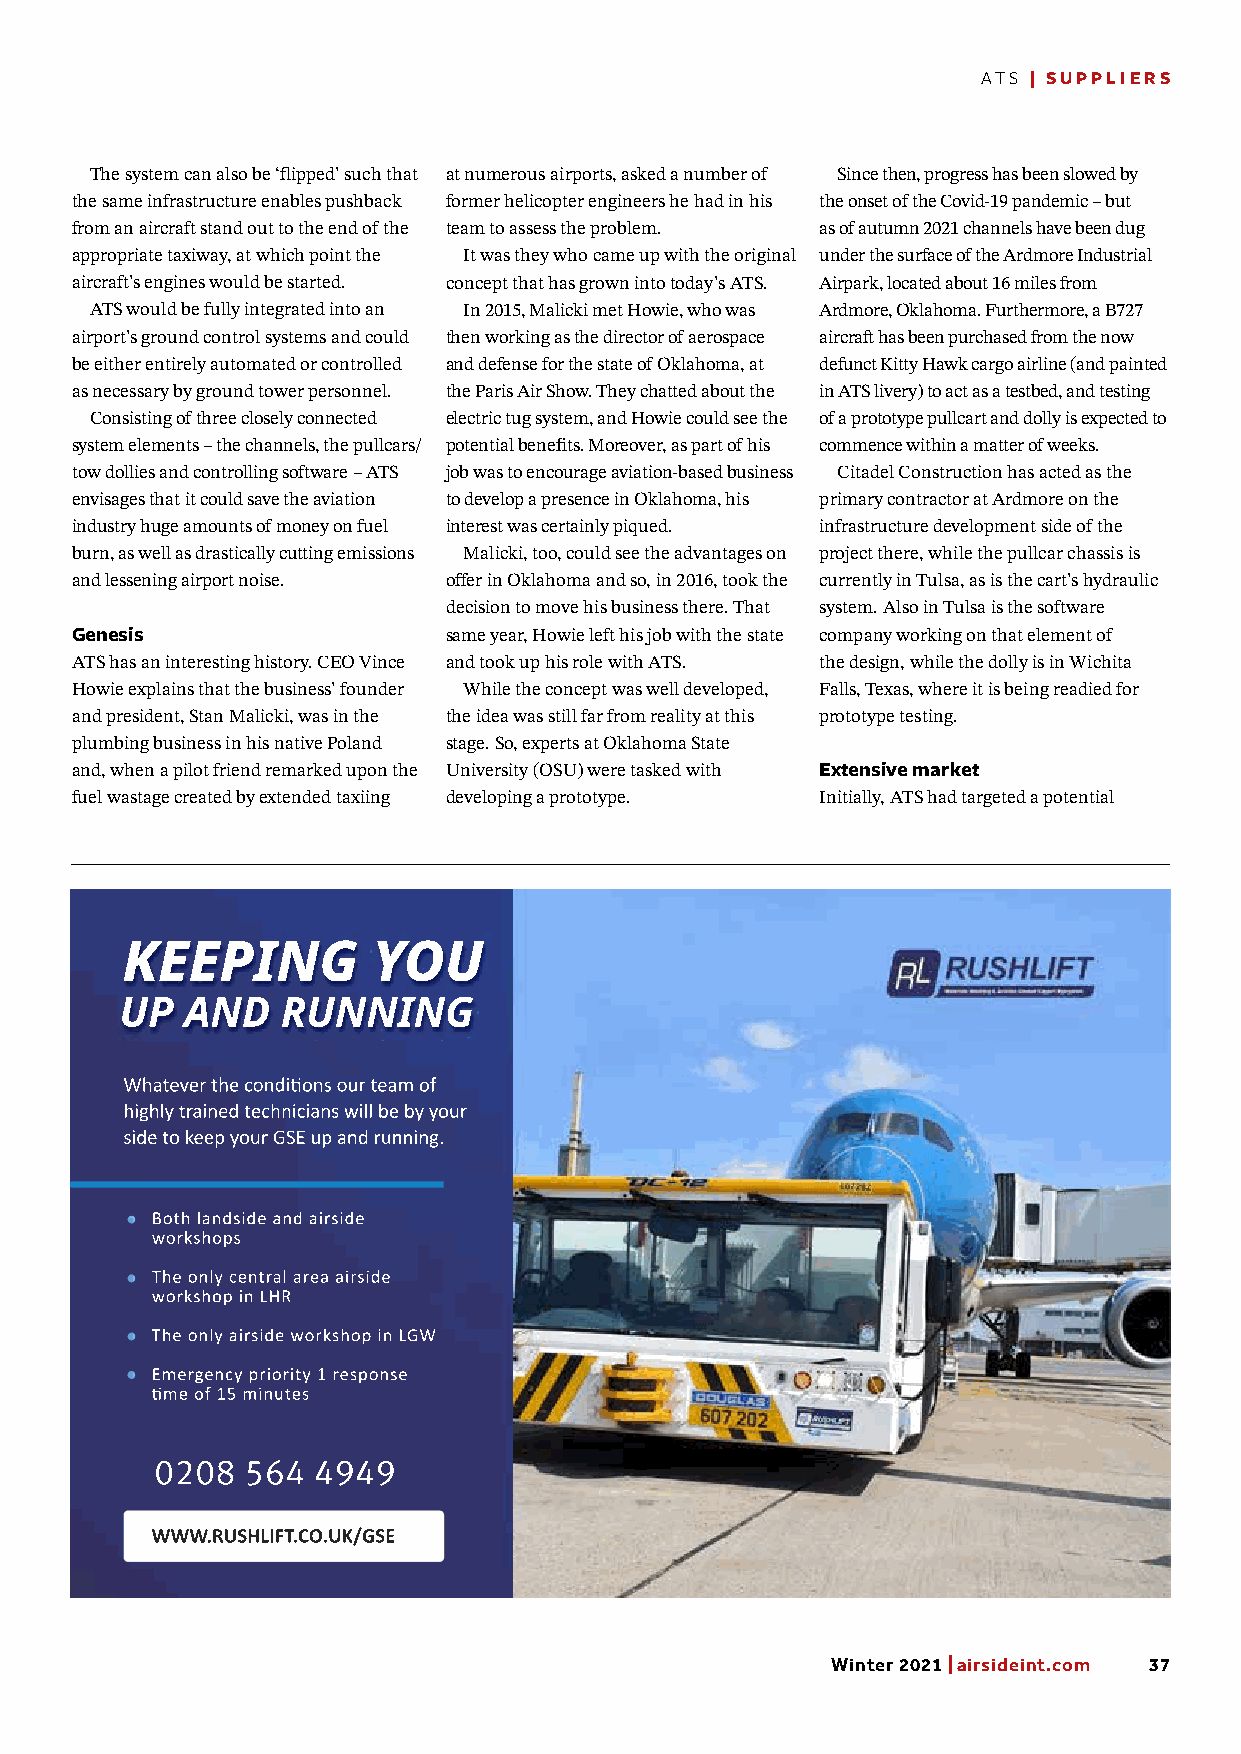
ATS | SUPPLIERS
 The system can also be ‘flipped’ such that at numerous airports, asked a number of Since then, progress has been slowed by
 the same infrastructure enables pushback former helicopter engineers he had in his the onset of the Covid-19 pandemic – but
 from an aircraft stand out to the end of the team to assess the problem. as of autumn 2021 channels have been dug
 appropriate taxiway, at which point the It was they who came up with the original under the surface of the Ardmore Industrial
 aircraft’s engines would be started. concept that has grown into today’s ATS. Airpark, located about 16 miles from
 ATS would be fully integrated into an In 2015, Malicki met Howie, who was Ardmore, Oklahoma. Furthermore, a B727
 airport’s ground control systems and could then working as the director of aerospace aircraft has been purchased from the now
 be either entirely automated or controlled and defense for the state of Oklahoma, at defunct Kitty Hawk cargo airline (and painted
 as necessary by ground tower personnel. the Paris Air Show. They chatted about the in ATS livery) to act as a testbed, and testing
 Consisting of three closely connected electric tug system, and Howie could see the of a prototype pullcart and dolly is expected to
 system elements – the channels, the pullcars/ potential benefits. Moreover, as part of his commence within a matter of weeks.
 tow dollies and controlling software – ATS job was to encourage aviation-based business Citadel Construction has acted as the
 envisages that it could save the aviation to develop a presence in Oklahoma, his primary contractor at Ardmore on the
 industry huge amounts of money on fuel interest was certainly piqued. infrastructure development side of the
 burn, as well as drastically cutting emissions Malicki, too, could see the advantages on project there, while the pullcar chassis is
 and lessening airport noise. offer in Oklahoma and so, in 2016, took the currently in Tulsa, as is the cart’s hydraulic
 decision to move his business there. That system. Also in Tulsa is the software
 Genesis                 same year, Howie left his job with the state company working on that element of
 ATS has an interesting history. CEO Vince and took up his role with ATS. the design, while the dolly is in Wichita
 Howie explains that the business’ founder While the concept was well developed, Falls, Texas, where it is being readied for
 and president, Stan Malicki, was in the the idea was still far from reality at this prototype testing.
 plumbing business in his native Poland stage. So, experts at Oklahoma State
 and, when a pilot friend remarked upon the University (OSU) were tasked with Extensive market
 fuel wastage created by extended taxiing developing a prototype. Initially, ATS had targeted a potential
 KEEPING          YOU
 UP  AND    RUNNING
 Whatever the condi ons our team of
 highly trained technicians will be by your
 side to keep your GSE up and running.
 Both landside and airside
 workshops
 The only central area airside
 workshop in LHR
 The only airside workshop in LGW
 Emergency priority 1 response
 me of 15 minutes
 0208  564  4949
 WWW.RUSHLIFT.CO.UK/GSE
 Winter 2021 | airsideint.com 37